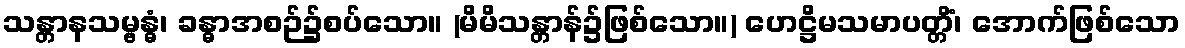
သန္တာနသမ္ဗန္ဓံ၊ ခန္ဓာအစဉ်၌စပ်သော။ (မိမိသန္တာန်၌ဖြစ်သော။) ဟေဋ္ဌိမသမာပတ္တိံ၊ အောက်ဖြစ်သော